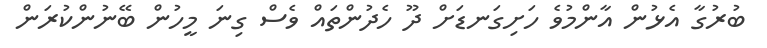
ބުރުގާ އެޅުން އާންމުވެ ހަށިގަނޑަށް ދޫ ހެދުންތައް ވެސް ގިނަ މީހުން ބޭނުންކުރަން